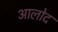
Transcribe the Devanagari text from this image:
आलोद